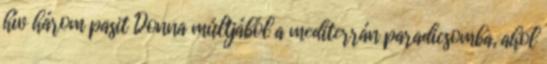
hív három pasit Donna múltjából a mediterrán paradicsomba, ahol